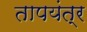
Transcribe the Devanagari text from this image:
तापयंत्र